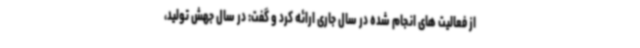
از فعالیت های انجام شده در سال جاری ارائه کرد و گفت: در سال جهش تولید،